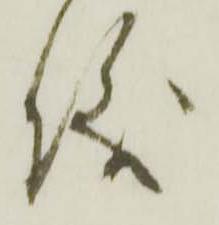
儀